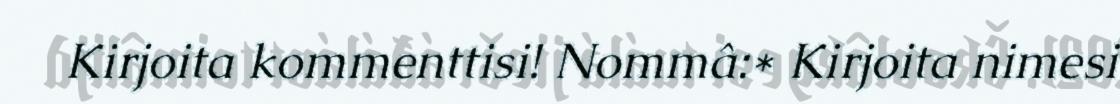
Kirjoita kommenttisi! Nommâ:* Kirjoita nimesi